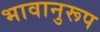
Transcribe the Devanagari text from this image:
भावानुरूप